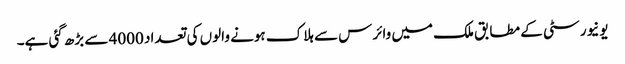
یونیورسٹی کے مطابق ملک میں وائرس سے ہلاک ہونے والوں کی تعداد 4000 سے بڑھ گئی ہے۔